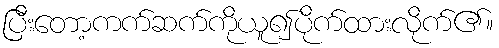
ပြီးတော့ကက်ဆက်ကိုယူ၍ပိုက်ထားလိုက်၏။